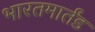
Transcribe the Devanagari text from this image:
भारतमार्तंड